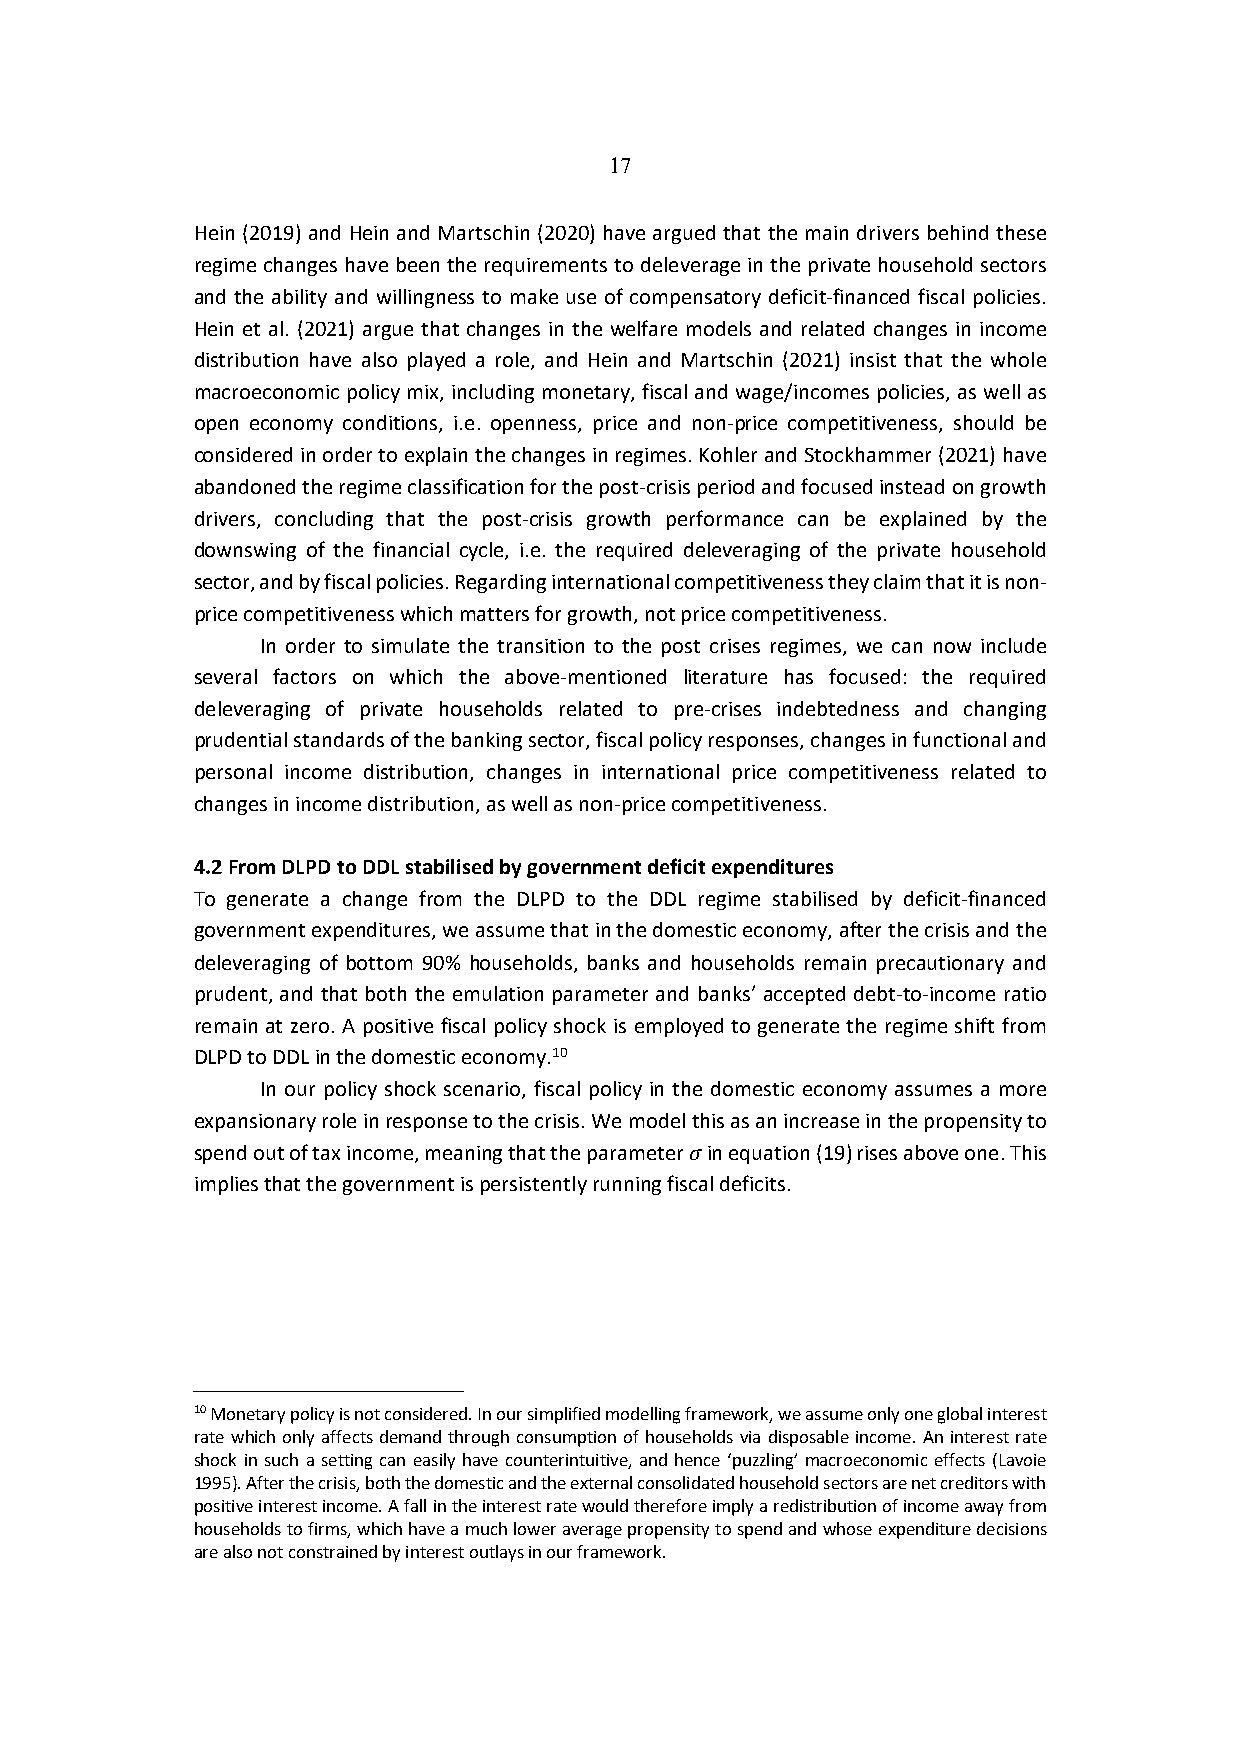
17
 Hein (2019) and Hein and Martschin (2020) have argued that the main drivers behind these
 regime changes have been the requirements to deleverage in the private household sectors
 and the ability and willingness to make use of compensatory deficit-financed fiscal policies.
 Hein et al. (2021) argue that changes in the welfare models and related changes in income
 distribution have also played a role, and Hein and Martschin (2021) insist that the whole
 macroeconomic policy mix, including monetary, fiscal and wage/incomes policies, as well as
 open economy conditions, i.e. openness, price and non-price competitiveness, should be
 considered in order to explain the changes in regimes. Kohler and Stockhammer (2021) have
 abandoned the regime classification for the post-crisis period and focused instead on growth
 drivers, concluding that the post-crisis growth performance can be explained by the
 downswing of the financial cycle, i.e. the required deleveraging of the private household
 sector, and by fiscal policies. Regarding international competitiveness they claim that it is non-
 price competitiveness which matters for growth, not price competitiveness.
 In order to simulate the transition to the post crises regimes, we can now include
 several factors on which the above-mentioned literature has focused: the required
 deleveraging of private households related to pre-crises indebtedness and changing
 prudential standards of the banking sector, fiscal policy responses, changes in functional and
 personal income distribution, changes in international price competitiveness related to
 changes in income distribution, as well as non-price competitiveness.
 4.2 From DLPD to DDL stabilised by government deficit expenditures
 To generate a change from the DLPD to the DDL regime stabilised by deficit-financed
 government expenditures, we assume that in the domestic economy, after the crisis and the
 deleveraging of bottom 90% households, banks and households remain precautionary and
 prudent, and that both the emulation parameter and banks’ accepted debt-to-income ratio
 remain at zero. A positive fiscal policy shock is employed to generate the regime shift from
 DLPD to DDL in the domestic economy.10
 In our policy shock scenario, fiscal policy in the domestic economy assumes a more
 expansionary role in response to the crisis. We model this as an increase in the propensity to
 spend out of tax income, meaning that the parameter ) in equation (19) rises above one. This
 implies that the government is persistently running fiscal deficits.
 10 Monetary policy is not considered. In our simplified modelling framework, we assume only one global interest
 rate which only affects demand through consumption of households via disposable income. An interest rate
 shock in such a setting can easily have counterintuitive, and hence ‘puzzling’ macroeconomic effects (Lavoie
 1995). After the crisis, both the domestic and the external consolidated household sectors are net creditors with
 positive interest income. A fall in the interest rate would therefore imply a redistribution of income away from
 households to firms, which have a much lower average propensity to spend and whose expenditure decisions
 are also not constrained by interest outlays in our framework.